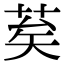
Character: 𦮸